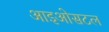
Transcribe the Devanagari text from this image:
आइओसटल